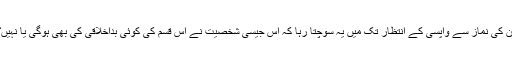
ان کی نماز سے واپسی کے انتظار تک میں یہ سوچتا رہا کہ اس جیسی شخصیت نے اس قسم کی کوئی بداخلاقی کی بھی ہوگی یا نہیں؟